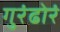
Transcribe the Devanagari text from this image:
गुरंढोरं